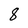
Character: 8